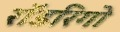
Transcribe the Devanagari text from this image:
रॉडरिगो